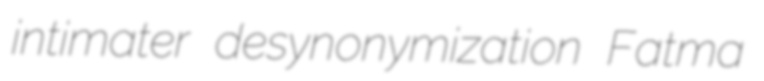
intimater desynonymization Fatma